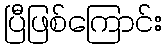
ပြီဖြစ်ကြောင်း